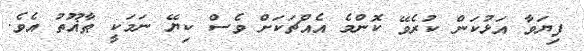
ފިޔަވާ އަޅުކަން ކުރެވޭ ކޮންމެ އެއްޗަކަށް ވެސް ކިޔޭ ނަމަކީ ޠާޣޫތު އެވެ.